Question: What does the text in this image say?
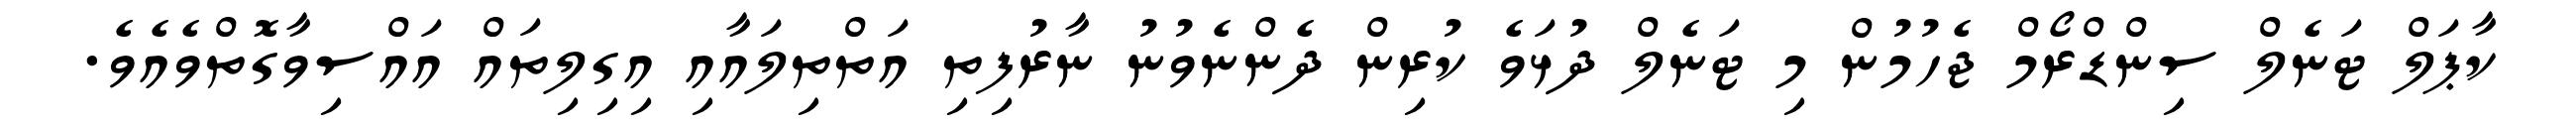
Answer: ކާޕަލް ޓަނެލް ސިންޑްރޯމް ޖެހުމުން މި ޓަނެލް ދުޅަވެ ކުރިން ދެންނެވުނު ނާރުފިތި އަތްތިލައާއި އިގިލިތައް އައްސިވާގޮތްވެއެވެ.